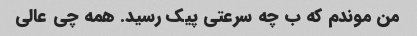
من موندم که ب چه سرعتی پیک رسید. همه چی عالی